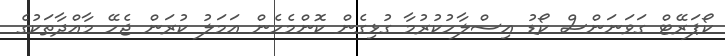
ކޯޕަރޭޓް ގަވަނަންސް ކޯޑު އިސްލާހުކުރުމާ ގުޅިގެން ކޮންމެހެން އަމަލު ކުރަން ޖެހޭ މާއްދާތަކުގެ